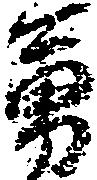
勇